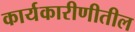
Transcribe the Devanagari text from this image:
कार्यकारीणीतील